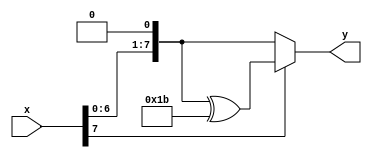
module xtime (
	output [7:0] y,
	input [7:0] x
	);
	wire [7:0] w;
	assign w = x << 1;
	assign y = x[7]? w ^ 8'h1B : w;
endmodule